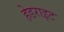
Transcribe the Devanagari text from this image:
हेडराइट